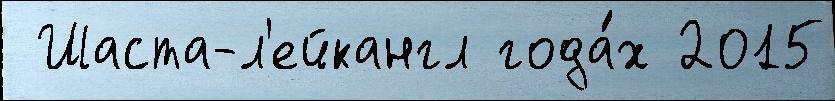
 Шаста-л'ейкангл года́х 2015